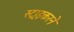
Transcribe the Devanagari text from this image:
स्ट्राइकरने